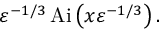
\varepsilon ^ { - 1 / 3 } \operatorname { A i } \left( x \varepsilon ^ { - 1 / 3 } \right) .